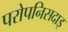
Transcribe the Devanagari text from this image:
परोपनिसदाइ